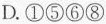
D. ①⑤⑥⑧